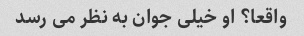
واقعا؟ او خیلی جوان به نظر می رسد